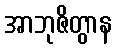
အာဘုဇိတွာန